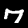
Digit: 7